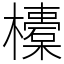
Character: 𣟄